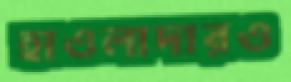
হাওলাদারও